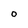
Character: 0